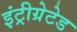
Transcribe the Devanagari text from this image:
इंट्रीग्रेटेड